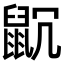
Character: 𪕁